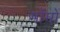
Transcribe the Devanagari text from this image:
मॉमों